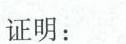
证明：